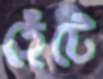
হেঁটে